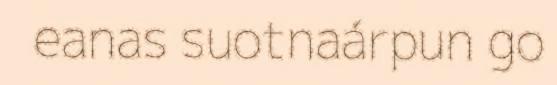
eanas suotnaárpun go